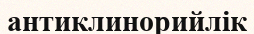
антиклинорийлік